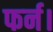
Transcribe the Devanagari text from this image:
फर्न।